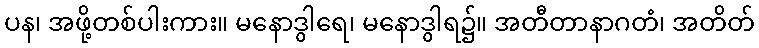
ပန၊ အဖို့တစ်ပါးကား။ မနောဒွါရေ၊ မနောဒွါရ၌။ အတီတာနာဂတံ၊ အတိတ်